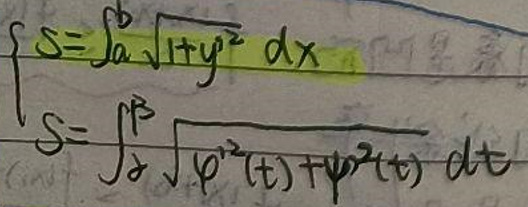
$\left\{\begin{array}{l}S = \int_{a}^{b} \sqrt{1 + y'^{2}}\ dx\\S=\int_{\alpha}^{\beta}\sqrt{\varphi'^{2}(t)+\psi'^{2}(t)}\ dt\end{array}\right.$